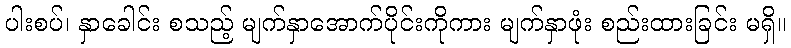
ပါးစပ်၊ နှာခေါင်း စသည့် မျက်နှာအောက်ပိုင်းကိုကား မျက်နှာဖုံး စည်းထားခြင်း မရှိ။